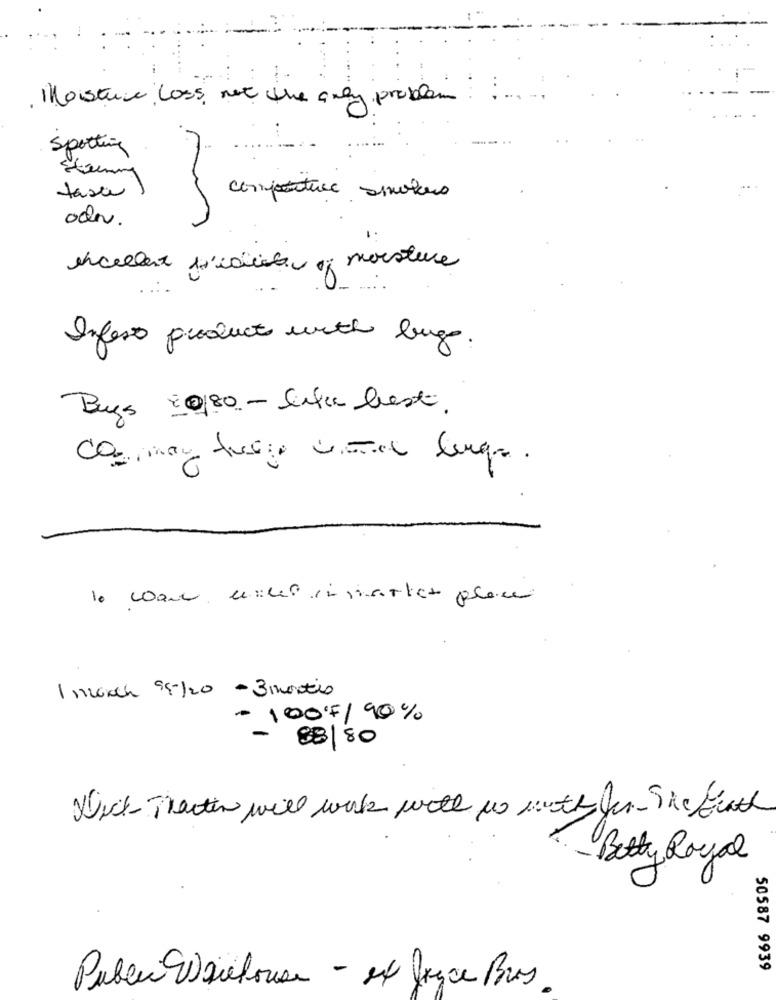
Moisture loss, not the only problem
Sporting
sten
taxa
confacture smokers
odnv.
excellent L'aide of
of moisture
Infest products with bug
Buys :0/80 - liter best.
Incoach 99/20 - 3 months
- 100F/ 90%
88/80
Nick Theiten will work with wo with for The fixed
Betty Royal
50587 9939
Public 9) quehouse - et bryce Bus